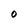
Character: O